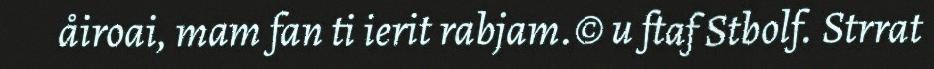
åiroai, mam fan ti ierit rabjam.© u ftaf Stbolf. Strrat